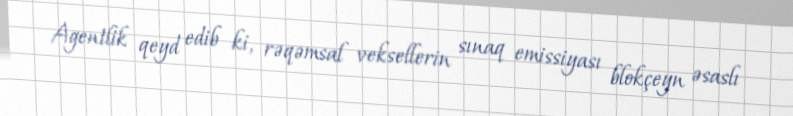
Agentlik qeyd edib ki, rəqəmsal veksellerin sınaq emissiyası blokçeyn əsaslı